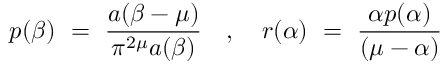
p ( \beta ) ~ = ~ \frac { a ( \beta - \mu ) } { \pi ^ { 2 \mu } a ( \beta ) } ~ ~ ~ , ~ ~ ~ r ( \alpha ) ~ = ~ \frac { \alpha p ( \alpha ) } { ( \mu - \alpha ) }